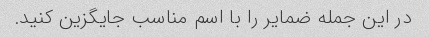
در این جمله ضمایر را با اسم مناسب جایگزین کنید.